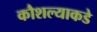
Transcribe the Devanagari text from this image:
कौशल्याकडे